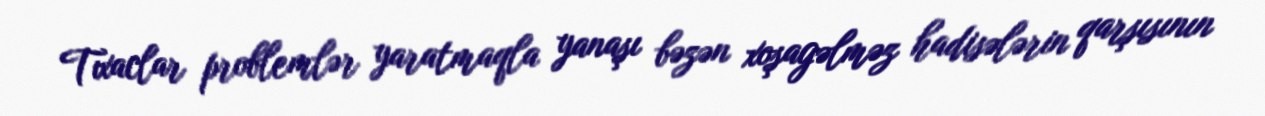
Tıxaclar problemlər yaratmaqla yanaşı bəzən xoşagəlməz hadisələrin qarşısının